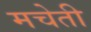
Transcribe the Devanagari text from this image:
मचेती